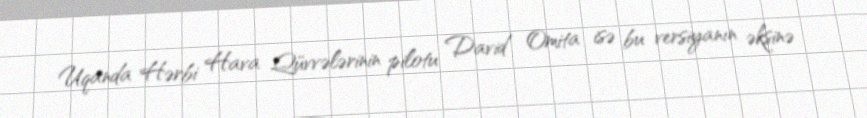
Uqanda Hərbi Hava Qüvvələrinin pilotu David Omita isə bu versiyanın əksinə